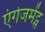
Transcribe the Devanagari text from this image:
एंगेजमेंट्स